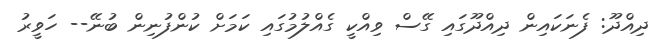
ދިއްދޫ: ފެނަކައިން ދިއްދޫގައި ގޭސް ވިއްކީ ގެއްލުމުގައި ކަމަށް ކުންފުނިން ބުނޭ-- ހަވީރު